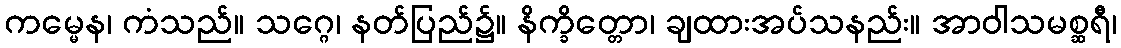
ကမ္မေန၊ ကံသည်။ သဂ္ဂေ၊ နတ်ပြည်၌။ နိက္ခိတ္တော၊ ချထားအပ်သနည်း။ အာဝါသမစ္ဆရီ၊